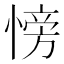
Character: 㥬